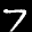
Label: 7